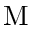
\mathrm { M }